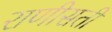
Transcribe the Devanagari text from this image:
राणीसती